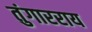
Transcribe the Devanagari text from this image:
तुंगारराय